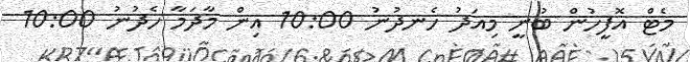
މެޓް އޮފީހުން ބުނީ މިއަދު ހެނދުނު 10:00 އިން މާދަމާ ހެދުނު 10:00